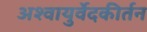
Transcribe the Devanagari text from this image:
अश्वायुर्वेदकीर्तन